Indian Medical Review
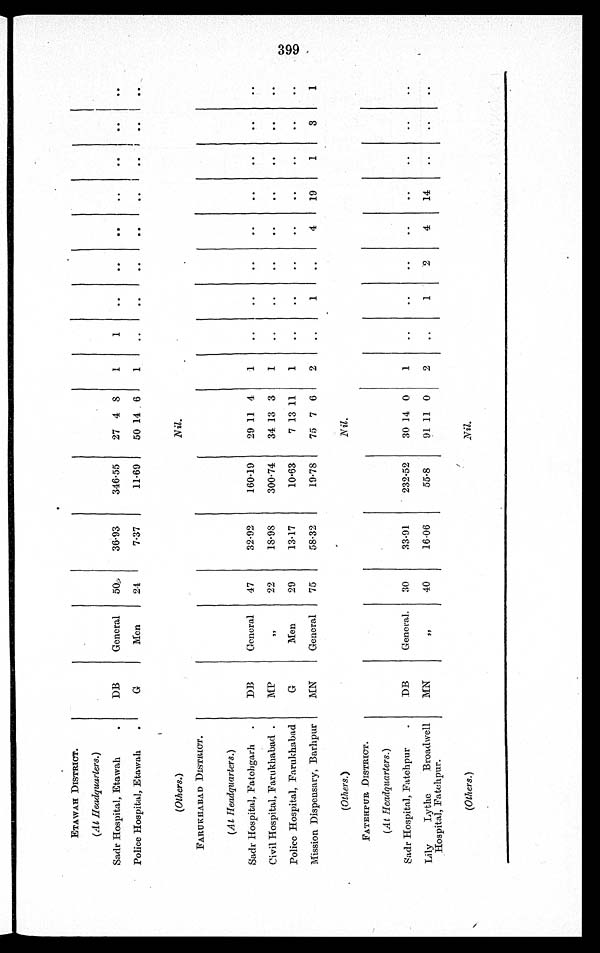
ETAWAH DISTRICT.
( At Headquarters. )
Sadr Hospital, Etawah
DB
General
50
36.93
346.55
27 4 8
1
Police Hospital, Etawah
G
Men
24
7.37
11.69
50 14 6
1
( Others. )
Nil.
FARUEHABAD DISTRICT.
( At Headquarters. )
Sadr Hospital, Fatehgar
DB
General
47
32.92
160.19
29 11 4
1
1
Civil Hospital, Farukhabad.
MP
, ,
22
18.98
300.74
34 13 3
1
Police Hospital, Farukhabad
G
Men
29
13.17
10.63
7 13 11
1
Mission Dispensary, Barhpur
MN
General
75
58.32
19.78
75 7 6
2
1
4
19
1
3
1
( Others. )
Nil.
FATEHPUR DISTRICT.
( At Headquarters. )
Sadr Hospital, Fatehpur
DB
General.
30
33.91
232.52
30 14 0
1
Lily Lythe Broadwell
Hospital, Fatehpur.
MN
, ,
40
16.06
55.8
91 11 0
2
1
2
4
14
(Others.)
Nil.
399